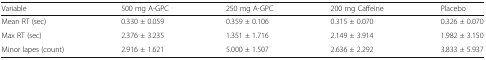
<table><thead><tr><td><b>Variable</b></td><td><b>500 mg A-GPC</b></td><td><b>250 mg A-GPC</b></td><td><b>200 mg Caffeine</b></td><td><b>Placebo</b></td></tr></thead><tbody><tr><td>Mean RT (sec)</td><td>0.330 ± 0.059</td><td>0.359 ± 0.106</td><td>0.315 ± 0.070</td><td>0.326 ± 0.070</td></tr><tr><td>Max RT (sec)</td><td>2.376 ± 3.235</td><td>1.351 ± 1.716</td><td>2.149 ± 3.914</td><td>1.982 ± 3.150</td></tr><tr><td>Minor lapes (count)</td><td>2.916 ± 1.621</td><td>5.000 ± 1.507</td><td>2.636 ± 2.292</td><td>3.833 ± 5.937</td></tr></tbody></table>